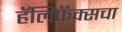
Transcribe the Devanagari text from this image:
हॅलिफॅक्सचा